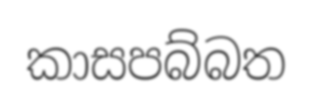
කාසපබ්බත